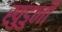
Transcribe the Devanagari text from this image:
खुडुनी